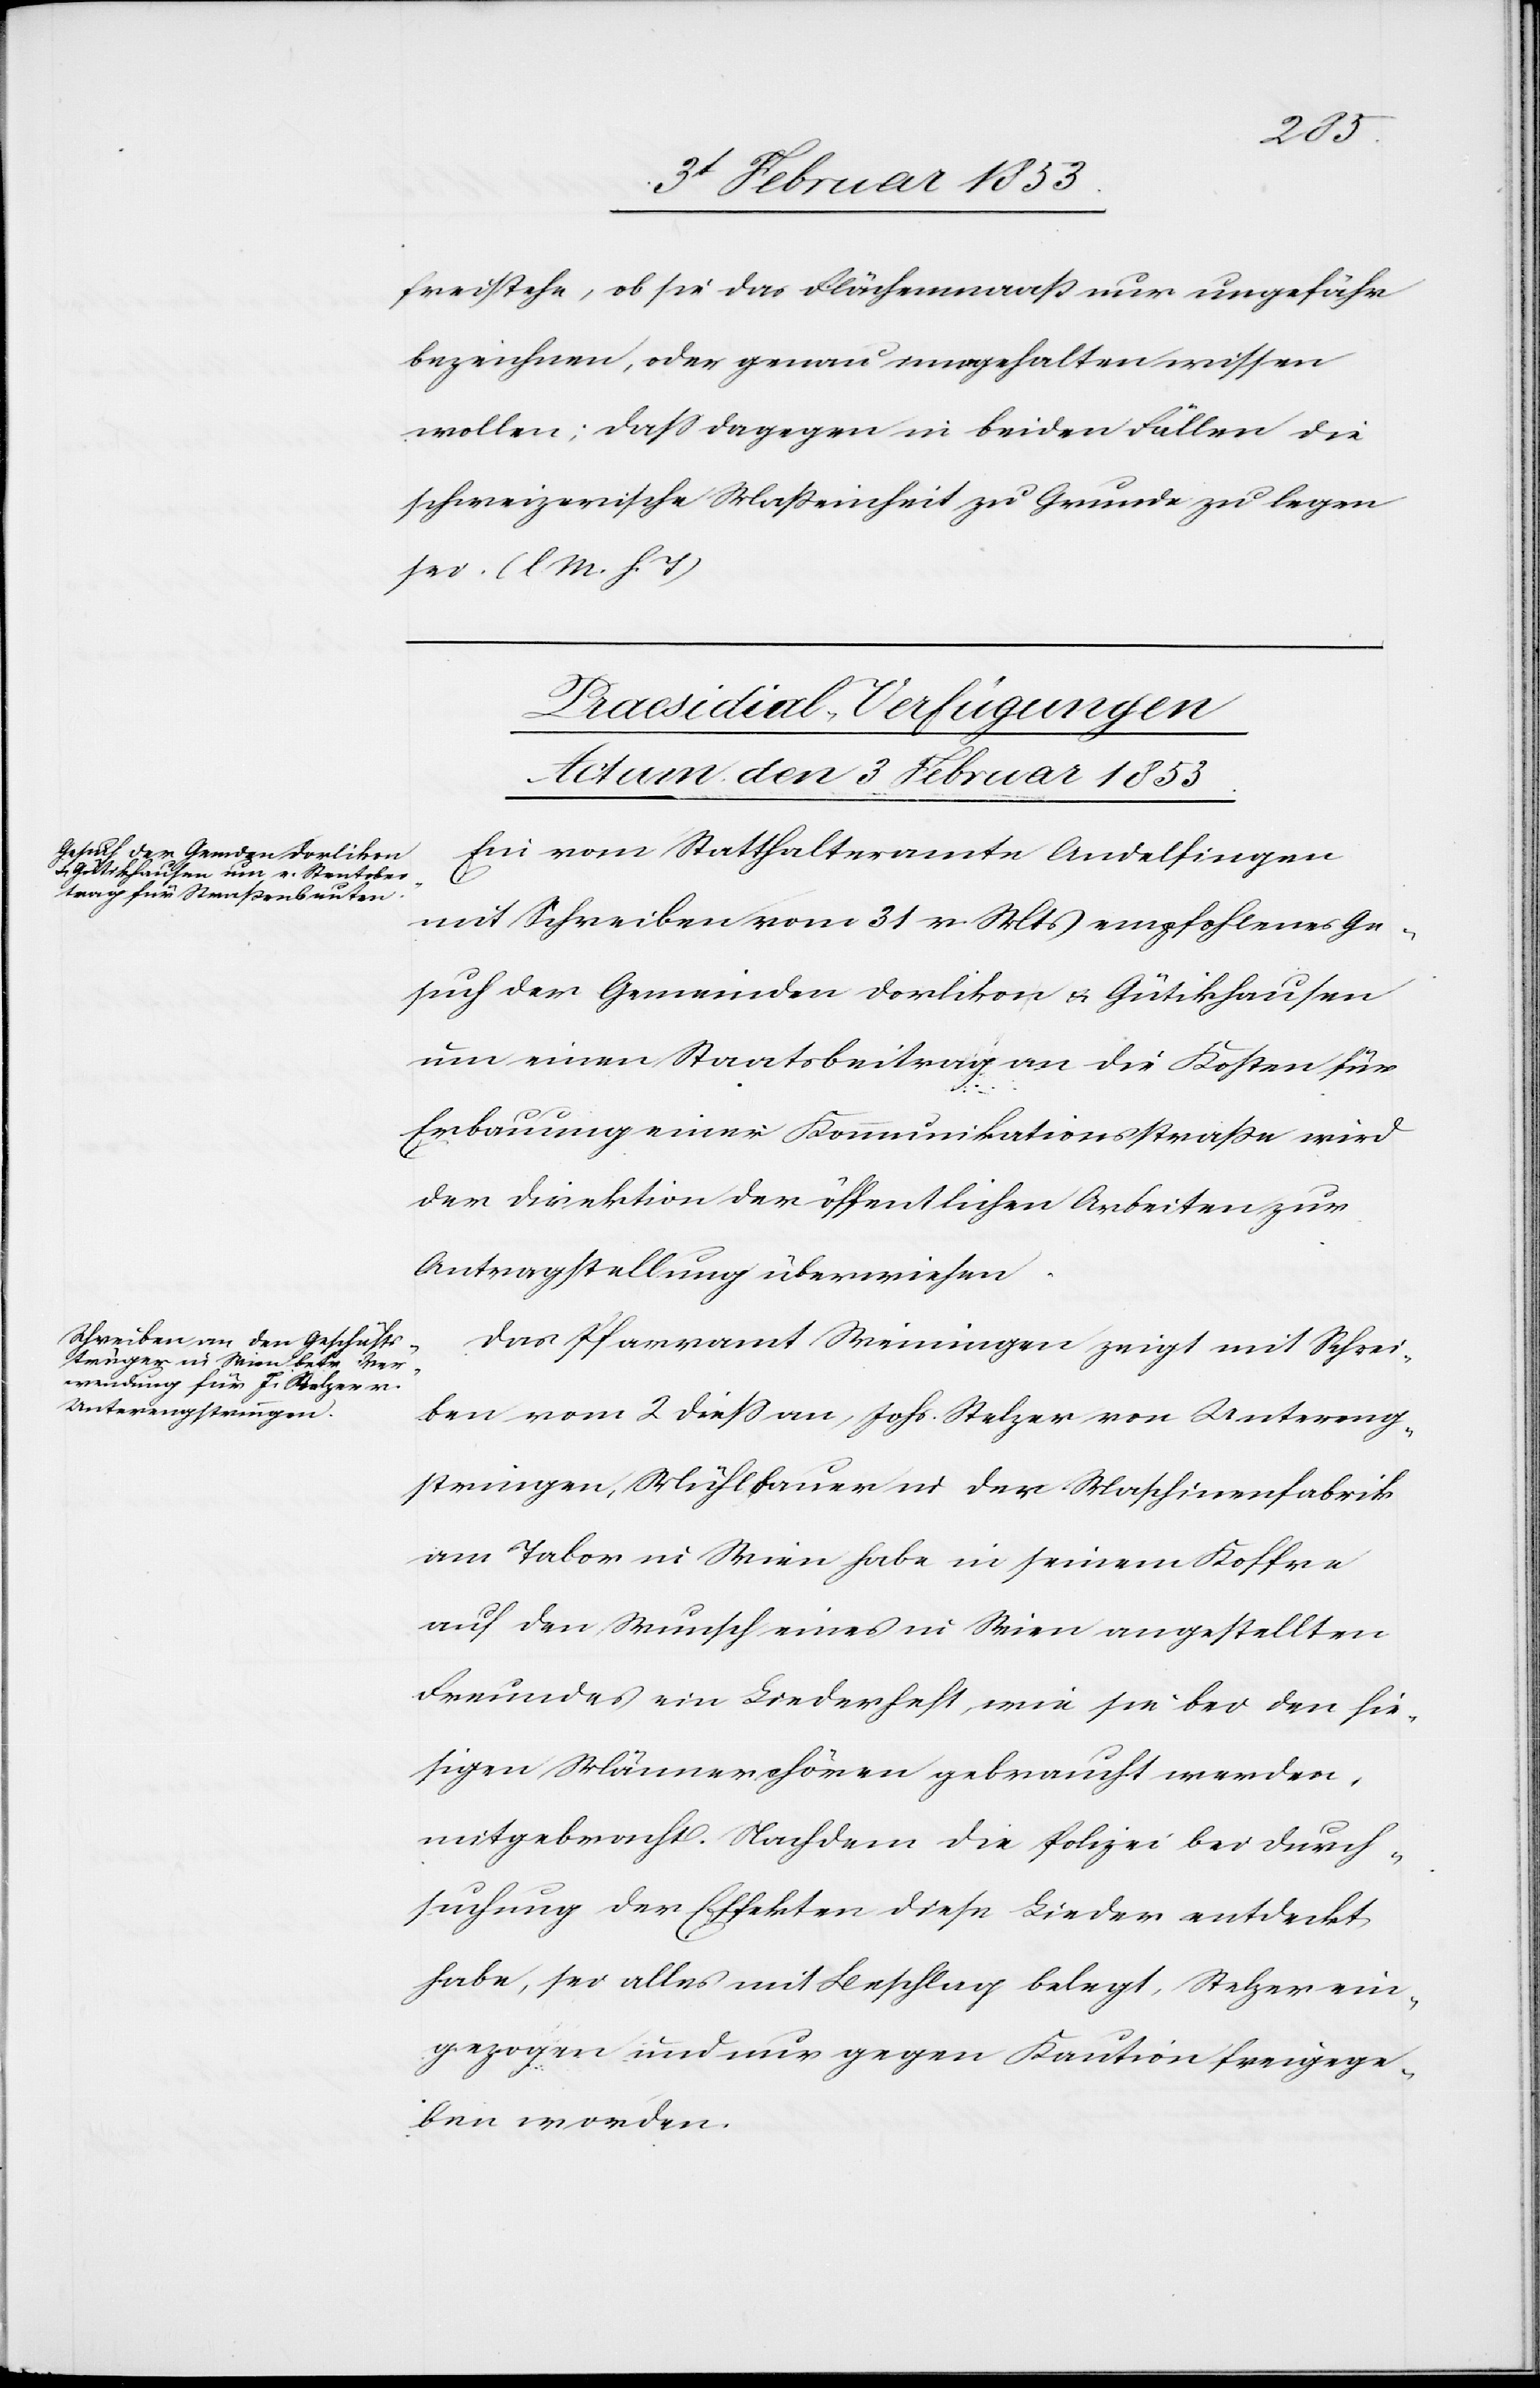
freistehe, ob sie das Flächenmaaß nur ungefähr
bezeichnen, oder genau innegehalten wissen
wollen; daß dagegen in beiden Fällen die
schweizerische Maßeinheit zu Grunde zu legen
sei. [l. M. h. T]
[Praesidial-Verfügungen
Actum 3 Februar 1853]
Ein vom Statthalteramte Andelfingen
mit Schreiben vom 31 v. Mts. empfohlenes Ge¬
such der Gemeinden Dorlikon u. Gütikhausen
um einen Staatsbeitrag an die Kosten für
Erbauung einer Kommunikationsstraße wird
der Direktion der öffentlichen Arbeiten zur
Antragsstellung überwiesen.
Das Pfarramt Weiningen zeigt mit Schrei¬
ben vom 2 dieß an, Joh. Stelzer von Untereng¬
stringen, Mühlbauer der Maschinenfabrik
am Tabor in Wien habe in seinem Koffer
auf den Wunsch eines in Wien angestellten
Freundes ein Liederheft, wie sie bei den hie¬
sigen Männerchören gebraucht werden,
mitgebracht. Nachdem die Polizei bei Durch¬
suchung der Effekten diese Lieder entdeckt
habe, sei alles mit Beschlag belegt, Stelzer ein¬
gezogen und nur gegen Kaution freigege¬
ben worden.